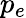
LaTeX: p_{e}